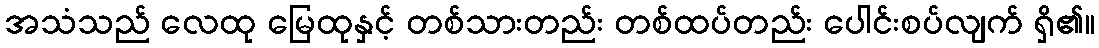
အသံသည် လေထု မြေထုနှင့် တစ်သားတည်း တစ်ထပ်တည်း ပေါင်းစပ်လျက် ရှိ၏။